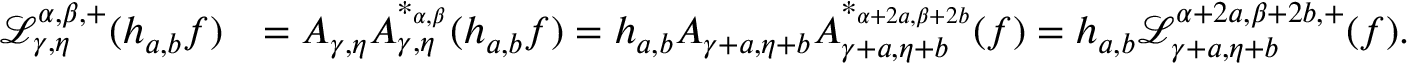
\begin{array} { r l } { \mathcal { L } _ { \gamma , \eta } ^ { \alpha , \beta , + } ( h _ { a , b } f ) } & { = A _ { \gamma , \eta } A _ { \gamma , \eta } ^ { * _ { \alpha , \beta } } ( h _ { a , b } f ) = h _ { a , b } A _ { \gamma + a , \eta + b } A _ { \gamma + a , \eta + b } ^ { * _ { \alpha + 2 a , \beta + 2 b } } ( f ) = h _ { a , b } \mathcal { L } _ { \gamma + a , \eta + b } ^ { \alpha + 2 a , \beta + 2 b , + } ( f ) . } \end{array}